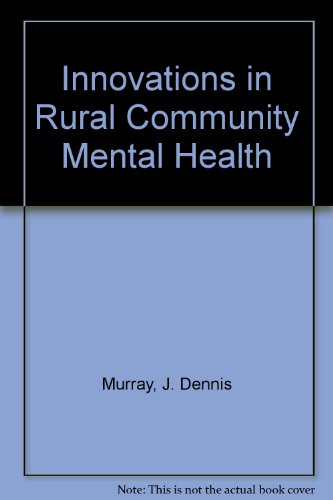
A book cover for Innovations in Rural Community Mental Health; J. Dennis Murray; Medical Books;